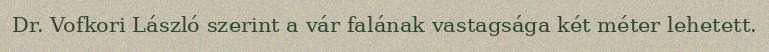
Dr. Vofkori László szerint a vár falának vastagsága két méter lehetett.